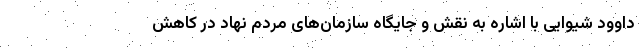
داوود شیوایی با اشاره به نقش و جایگاه سازمان‌های مردم نهاد در کاهش